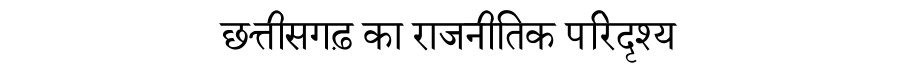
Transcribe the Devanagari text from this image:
छत्तीसगढ़ का राजनीतिक परिदृश्य